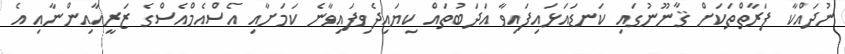
ނުދައްކާ ފަރާތްތަކަށް ޤާނޫނުގައި ކަނޑައަޅައިފައިވާ އަދަބުތައް ކިޔައިދެވިފައިވާނެ ކަމަށާއި އެސްއެމްއެސްގެ ޒަރީއާއިންނާއި އެ